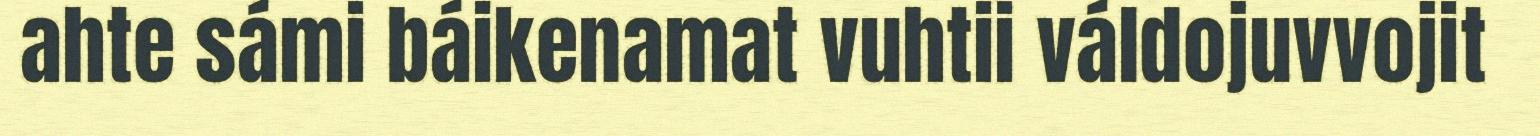
ahte sámi báikenamat vuhtii váldojuvvojit